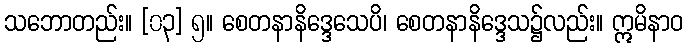
သဘောတည်း။ [၀၃] ၅။ စေတနာနိဒ္ဒေသေပိ၊ စေတနာနိဒ္ဒေသ၌လည်း။ ဣမိနာဝ